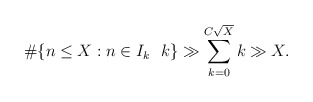
\begin{align*}\#\{n\leq X: n\in I_k\ \ k\}\gg \sum_{k=0}^{C\sqrt{X}}k\gg X.\end{align*}